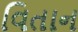
વિતાન